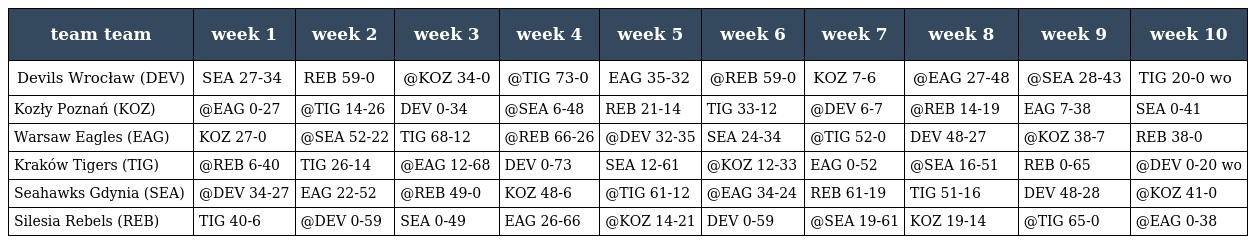
| team team | week 1 | week 2 | week 3 | week 4 | week 5 | week 6 | week 7 | week 8 | week 9 | week 10 |
 | --- | --- | --- | --- | --- | --- | --- | --- | --- | --- | --- |
 | Devils Wrocław (DEV) | SEA 27-34 | REB 59-0 | @KOZ 34-0 | @TIG 73-0 | EAG 35-32 | @REB 59-0 | KOZ 7-6 | @EAG 27-48 | @SEA 28-43 | TIG 20-0 wo |
 | Kozły Poznań (KOZ) | @EAG 0-27 | @TIG 14-26 | DEV 0-34 | @SEA 6-48 | REB 21-14 | TIG 33-12 | @DEV 6-7 | @REB 14-19 | EAG 7-38 | SEA 0-41 |
 | Warsaw Eagles (EAG) | KOZ 27-0 | @SEA 52-22 | TIG 68-12 | @REB 66-26 | @DEV 32-35 | SEA 24-34 | @TIG 52-0 | DEV 48-27 | @KOZ 38-7 | REB 38-0 |
 | Kraków Tigers (TIG) | @REB 6-40 | TIG 26-14 | @EAG 12-68 | DEV 0-73 | SEA 12-61 | @KOZ 12-33 | EAG 0-52 | @SEA 16-51 | REB 0-65 | @DEV 0-20 wo |
 | Seahawks Gdynia (SEA) | @DEV 34-27 | EAG 22-52 | @REB 49-0 | KOZ 48-6 | @TIG 61-12 | @EAG 34-24 | REB 61-19 | TIG 51-16 | DEV 48-28 | @KOZ 41-0 |
 | Silesia Rebels (REB) | TIG 40-6 | @DEV 0-59 | SEA 0-49 | EAG 26-66 | @KOZ 14-21 | DEV 0-59 | @SEA 19-61 | KOZ 19-14 | @TIG 65-0 | @EAG 0-38 |